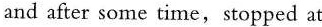
and after some time, stopped at